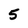
Character: 5